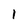
Character: 1